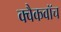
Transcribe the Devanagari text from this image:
क्वैकवॉच